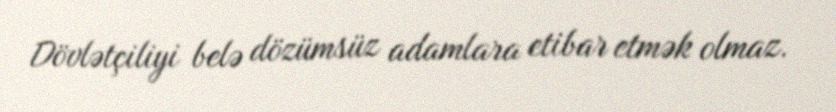
Dövlətçiliyi belə dözümsüz adamlara etibar etmək olmaz.